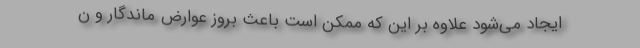
ایجاد می‌شود علاوه بر این که ممکن است باعث بروز عوارض ماندگار و ن